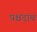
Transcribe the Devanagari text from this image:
पश्चदाब